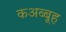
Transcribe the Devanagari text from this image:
कअब्बूह